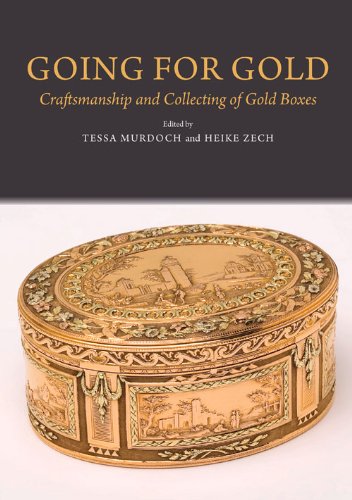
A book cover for Going for Gold: Craftsmanship and Collecting of Gold Boxes; Crafts, Hobbies & Home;